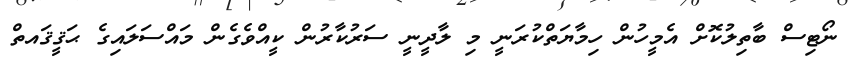
ނޯޓިސް ބާތިލުކޮށް އެމީހުން ހިމާޔަތްކުރަނީ މި ލާދީނީ ސަރުކާރުން ކީއްވެގެން މައްސަލައިގެ ޙަޤީޤައތް